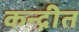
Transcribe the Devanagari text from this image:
कन्द्रीत